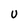
Character: U